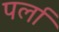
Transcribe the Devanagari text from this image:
पर्ला